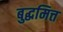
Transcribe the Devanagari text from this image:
बुद्धमित्त